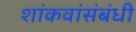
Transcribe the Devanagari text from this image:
शांकवांसंबंधी